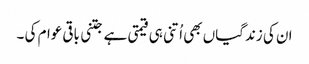
ان کی زندگیاں بھی اُتنی ہی قیمتی ہے جتنی باقی عوام کی ۔